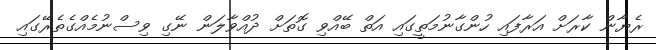
ރެޔާން ކާރަށް އަރާފައި ހުންގާނުމަތީގައި އަތް ބޭއްވި ގޮތަށް ދުއްވާލަން ނޭގި ވިސްނުމެއްގެތެރޭގައި